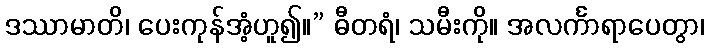
ဒဿာမာတိ၊ ပေးကုန်အံ့ဟူ၍။” ဓီတရံ၊ သမီးကို။ အလင်္ကာရာပေတွာ၊